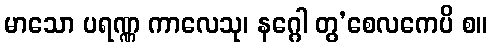
မာသော ပရဏ္ဏ ကာလေသု၊ နဂ္ဂေါ တွ’စေလကေပိ စ။